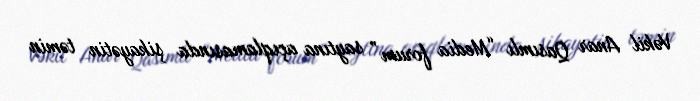
Vəkil Anar Qasımlı “Media forum” saytına açıqlamasında şikayətin təmin